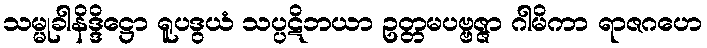
သမ္မုခါနိဒ္ဒိဋ္ဌော ရူပဒွယံ သပ္ပဋိဘယာ ဥတ္တမပဗ္ဗဇ္ဇာ ဂါမိကာ ရာဇဂဟေ